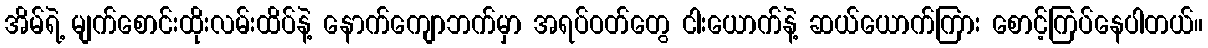
အိမ်ရဲ့ မျက်စောင်းထိုးလမ်းထိပ်နဲ့ နောက်ကျောဘက်မှာ အရပ်ဝတ်တွေ ငါးယောက်နဲ့ ဆယ်ယောက်ကြား စောင့်ကြပ်နေပါတယ်။